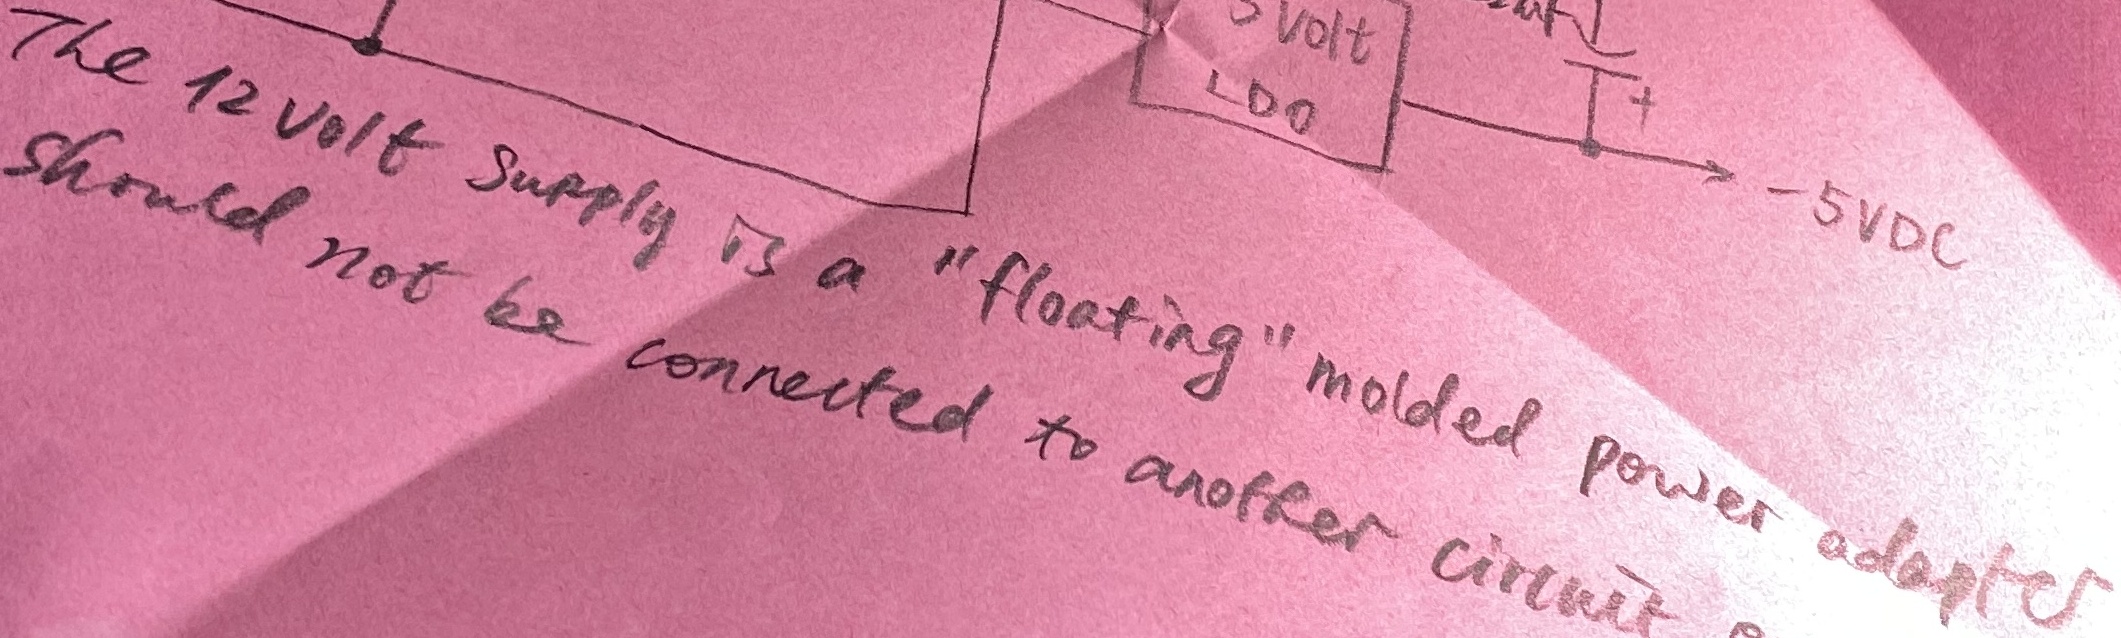
Text: The12 volt supply is a "floating" molded power adapter